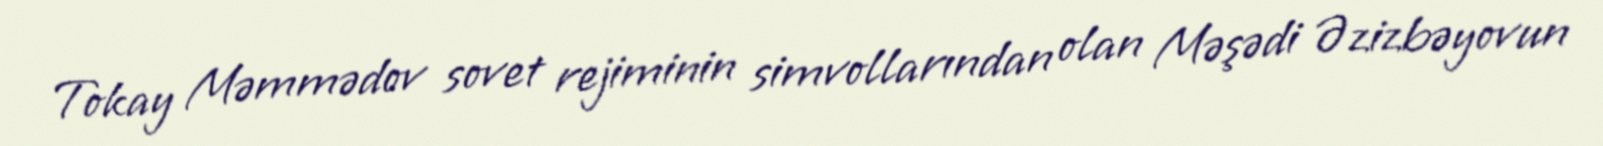
Tokay Məmmədov sovet rejiminin simvollarından olan Məşədi Əzizbəyovun